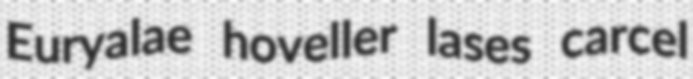
Euryalae hoveller lases carcel